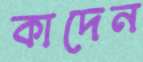
কাদেন